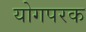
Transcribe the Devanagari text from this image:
योगपरक